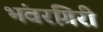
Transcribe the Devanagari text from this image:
भंवरगिरी